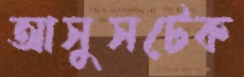
আসুসটেক